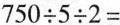
$$7 5 0 \div 5 \div 2 =$$